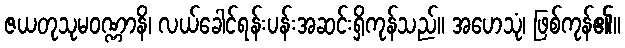
ဇယတုသုမဝဏ္ဏာနိ၊ လယ်ခေါင်ရန်းပန်းအဆင်းရှိကုန်သည်။ အဟေသုံ၊ ဖြစ်ကုန်၏။